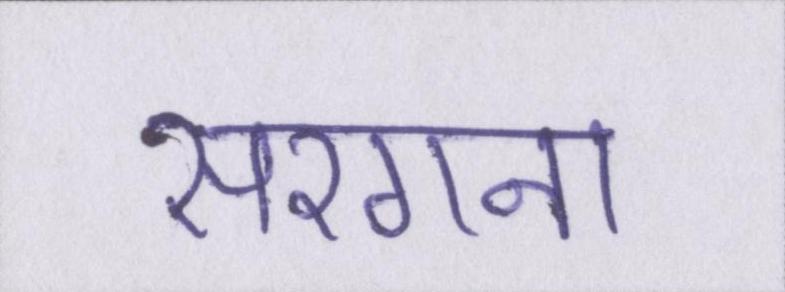
सरगना